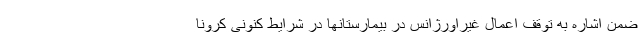
ضمن اشاره به توقف اعمال غیراورژانس در بیمارستانها در شرایط کنونی کرونا